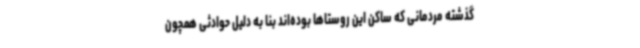
گذشته مردمانی که ساکن این روستاها بوده‌اند بنا به دلیل حوادثی همچون